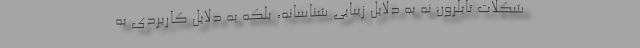
شکلات تابلرون نه به دلایل زیبایی شناسانه، بلکه به دلایل کاربردی به